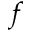
f